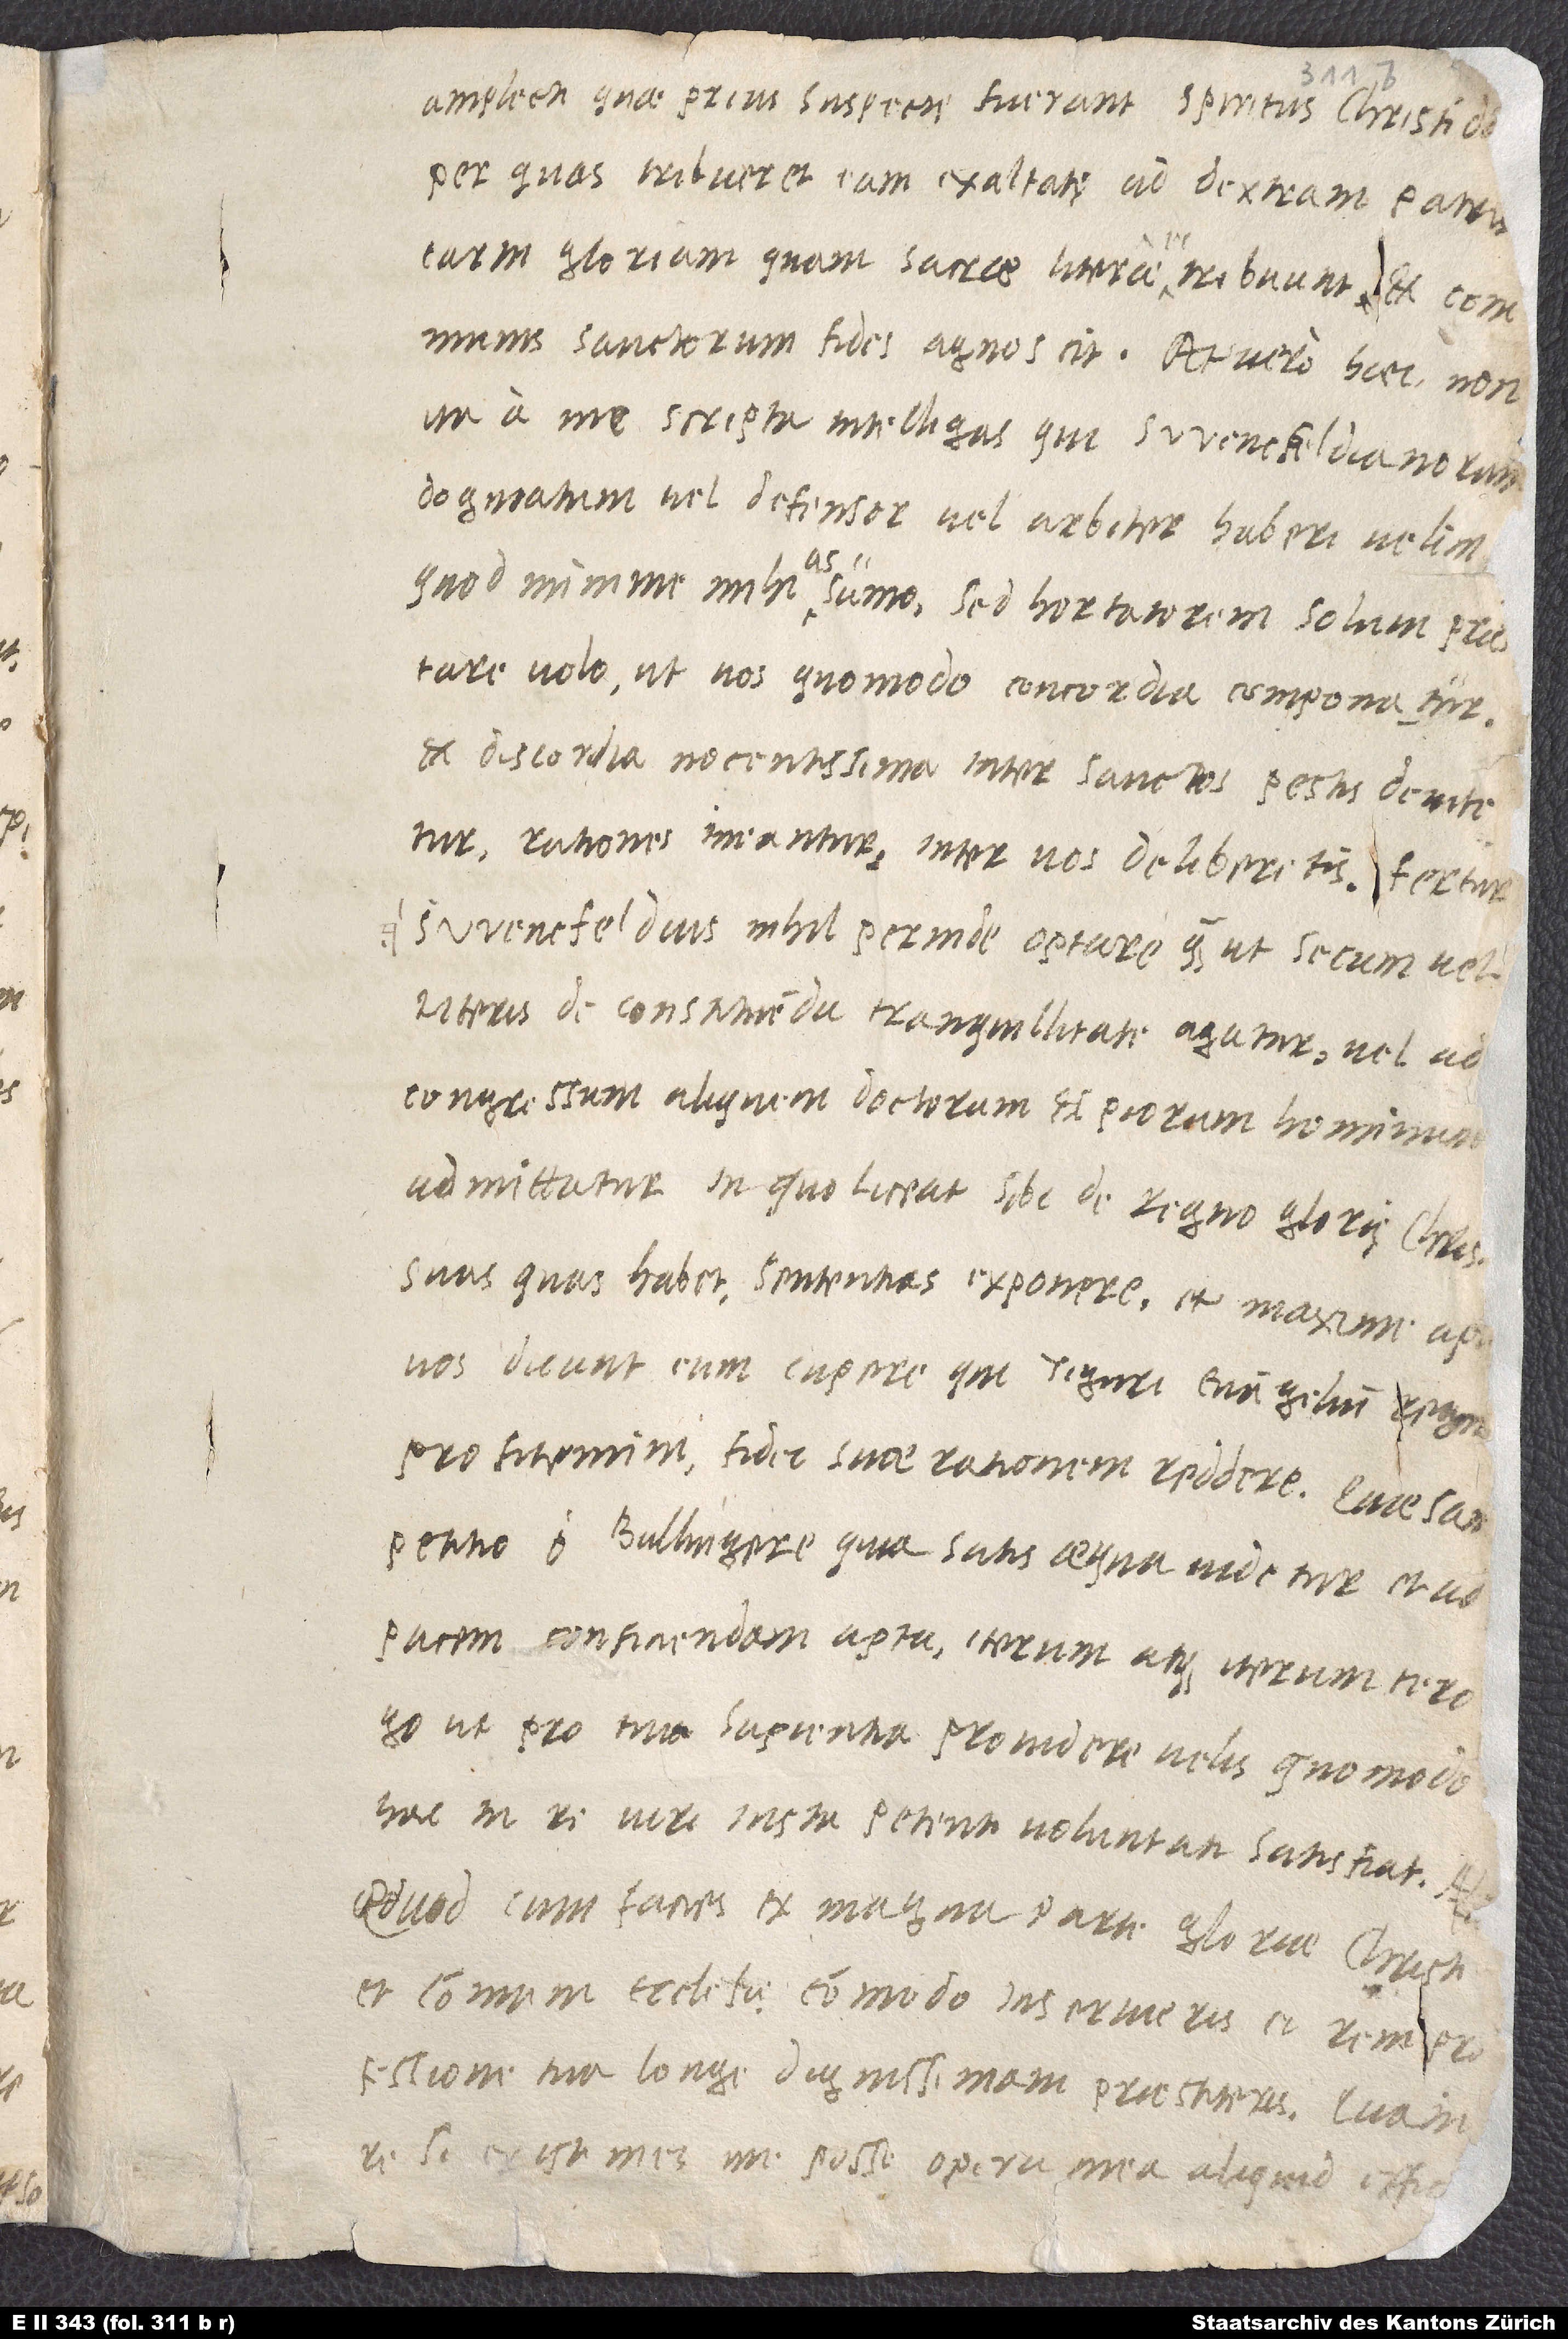
per quas tribueret eam exaltatę ad dextram patris
carni gloriam, quam sacrae literae ei tribuunt et communis
sanctorum fides agnoscit. At vero haec non
ita a me scripta intelligas, qui Swencfeldianorum
dogmatum vel defensor vel arbiter haberi velim
(quod minime mihi assumo); sed hortatorem solum praestare
volo, ut vos, quomodo concordia componatur
et discordia nocentissima inter sanctos, pestis, devitetur,
rationes ineantur, inter vos deliberetis. Fertur
Swencfeldius nihil perinde optare, quam ut secum vel
literis de constituenda tranquillitate agatur vel ad
congressum aliquem doctorum et piorum hominum
admittatur, in quo liceat sibi de regno glorię Chris
petitio, o Bullingere, quia satis aequa videtur et ad
pacem conficiendam apta, iterum atque iterum te rogo,
ut pro tua sapientia providere velis, quomodo
hac in re viri iusta petenti voluntati satisfiat.
Quod, cum facies, ex magna parte gloriae Christi
et communi ecclesię commodo inservieris et rem
professione tua longe dignissimam praestiteris. Qua
re si existimes me posse opera mea aliquid efficer